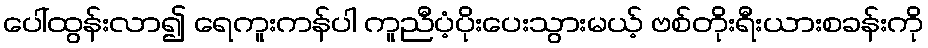
ပေါ်ထွန်းလာ၍ ရေကူးကန်ပါ ကူညီပံ့ပိုးပေးသွားမယ့် ဗစ်တိုးရီးယားစခန်းကို